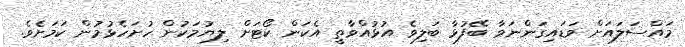
މައްސަލައަށް ވަޑައިގަންނަވާ ބޭފުޅާ ބަލިވެ އުޅުއްވާތީ އެކަން ކޯޓަށް ލިޔުމަކުން ހުށަހެޅުމުން ކަމަށެވެ.